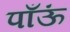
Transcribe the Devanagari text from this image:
पाँऊं